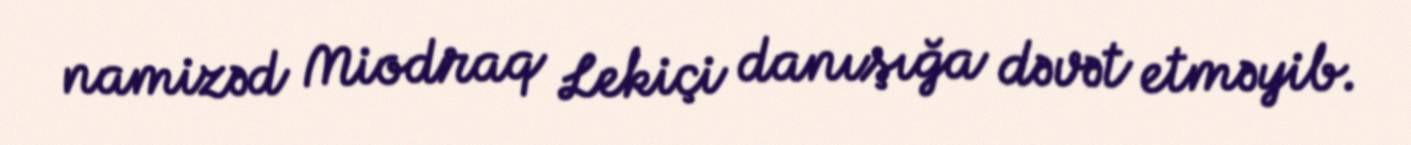
namizəd Miodraq Lekiçi danışığa dəvət etməyib.